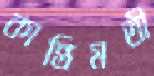
কান্তিমতী